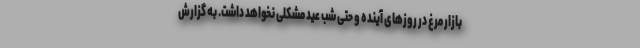
بازار مرغ در روز‌های آینده و حتی شب عید مشکلی نخواهد داشت. به گزارش